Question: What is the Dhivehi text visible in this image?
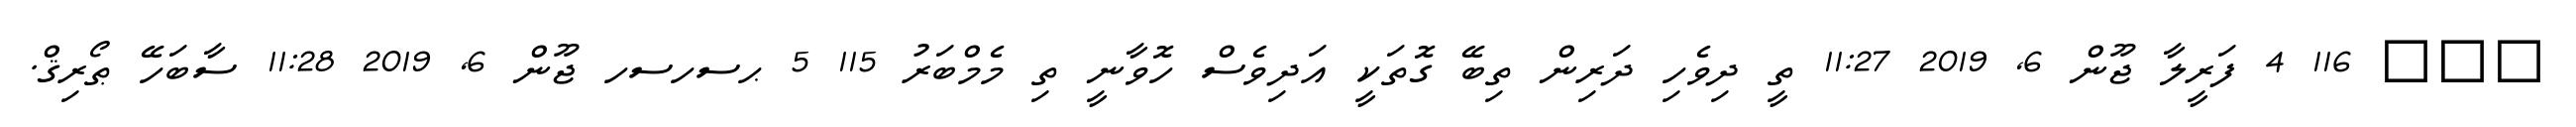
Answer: ??? 116 4 ފަރީލާ ޖޫން 6, 2019 11:27 ތީ ދިވެހި ދަރިން ތިބޭ ގޮތަކީ އަދިވެސް ހޮވާނީ ތި މެމްބަރު 115 5 ޙސހސހ ޖޫން 6, 2019 11:28 ސާބަހޭ ޠޯރިޤް.